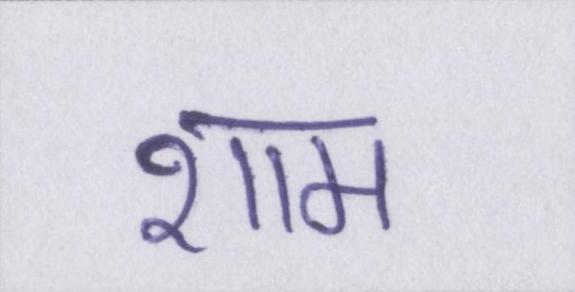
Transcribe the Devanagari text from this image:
शाम